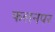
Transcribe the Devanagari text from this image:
फलनपर